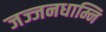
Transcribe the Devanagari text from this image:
जज्जनधाम्नि